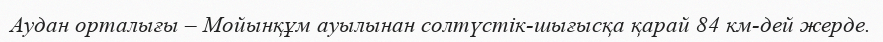
Аудан орталығы – Мойынқұм ауылынан солтүстік-шығысқа қарай 84 км-дей жерде.